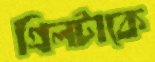
গ্রিলটাকে